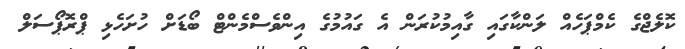
ކޮލެޖްގެ ކެމްޕަހެއް ލަންކާގައި ގާއިމުކުރަން އެ ގައުމުގެ އިންވެސްމެންޓް ބޯޑަށް ހުށަހެޅި ޕްރޮޕޯސަލް